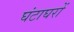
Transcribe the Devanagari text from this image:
घंटाघरों